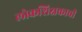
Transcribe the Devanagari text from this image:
लोकशिक्षकाची